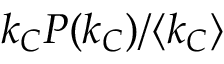
k _ { C } P ( k _ { C } ) / \langle k _ { C } \rangle